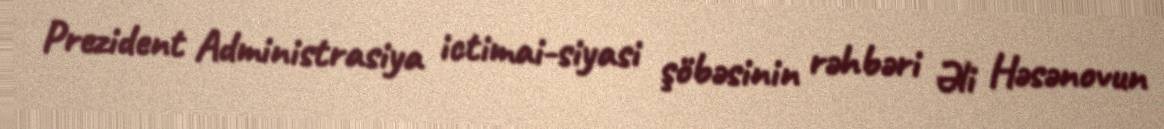
Prezident Administrasiya ictimai-siyasi şöbəsinin rəhbəri Əli Həsənovun